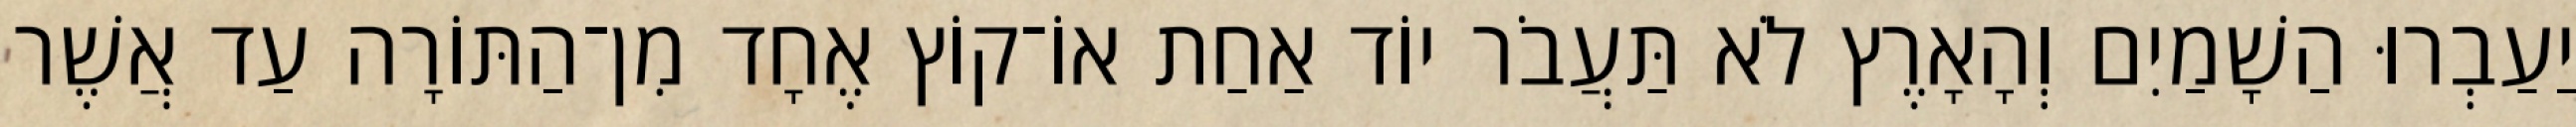
יַעַבְרוּ הַשָׁמַיִם וְהָאָרֶץ לֹא תַּעֲבֹר יוֹד אַחַת אוֹ־קוֹץ אֶחָד מִן־הַתּוֹרָה עַד אֲשֶׁר